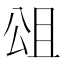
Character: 𭁎